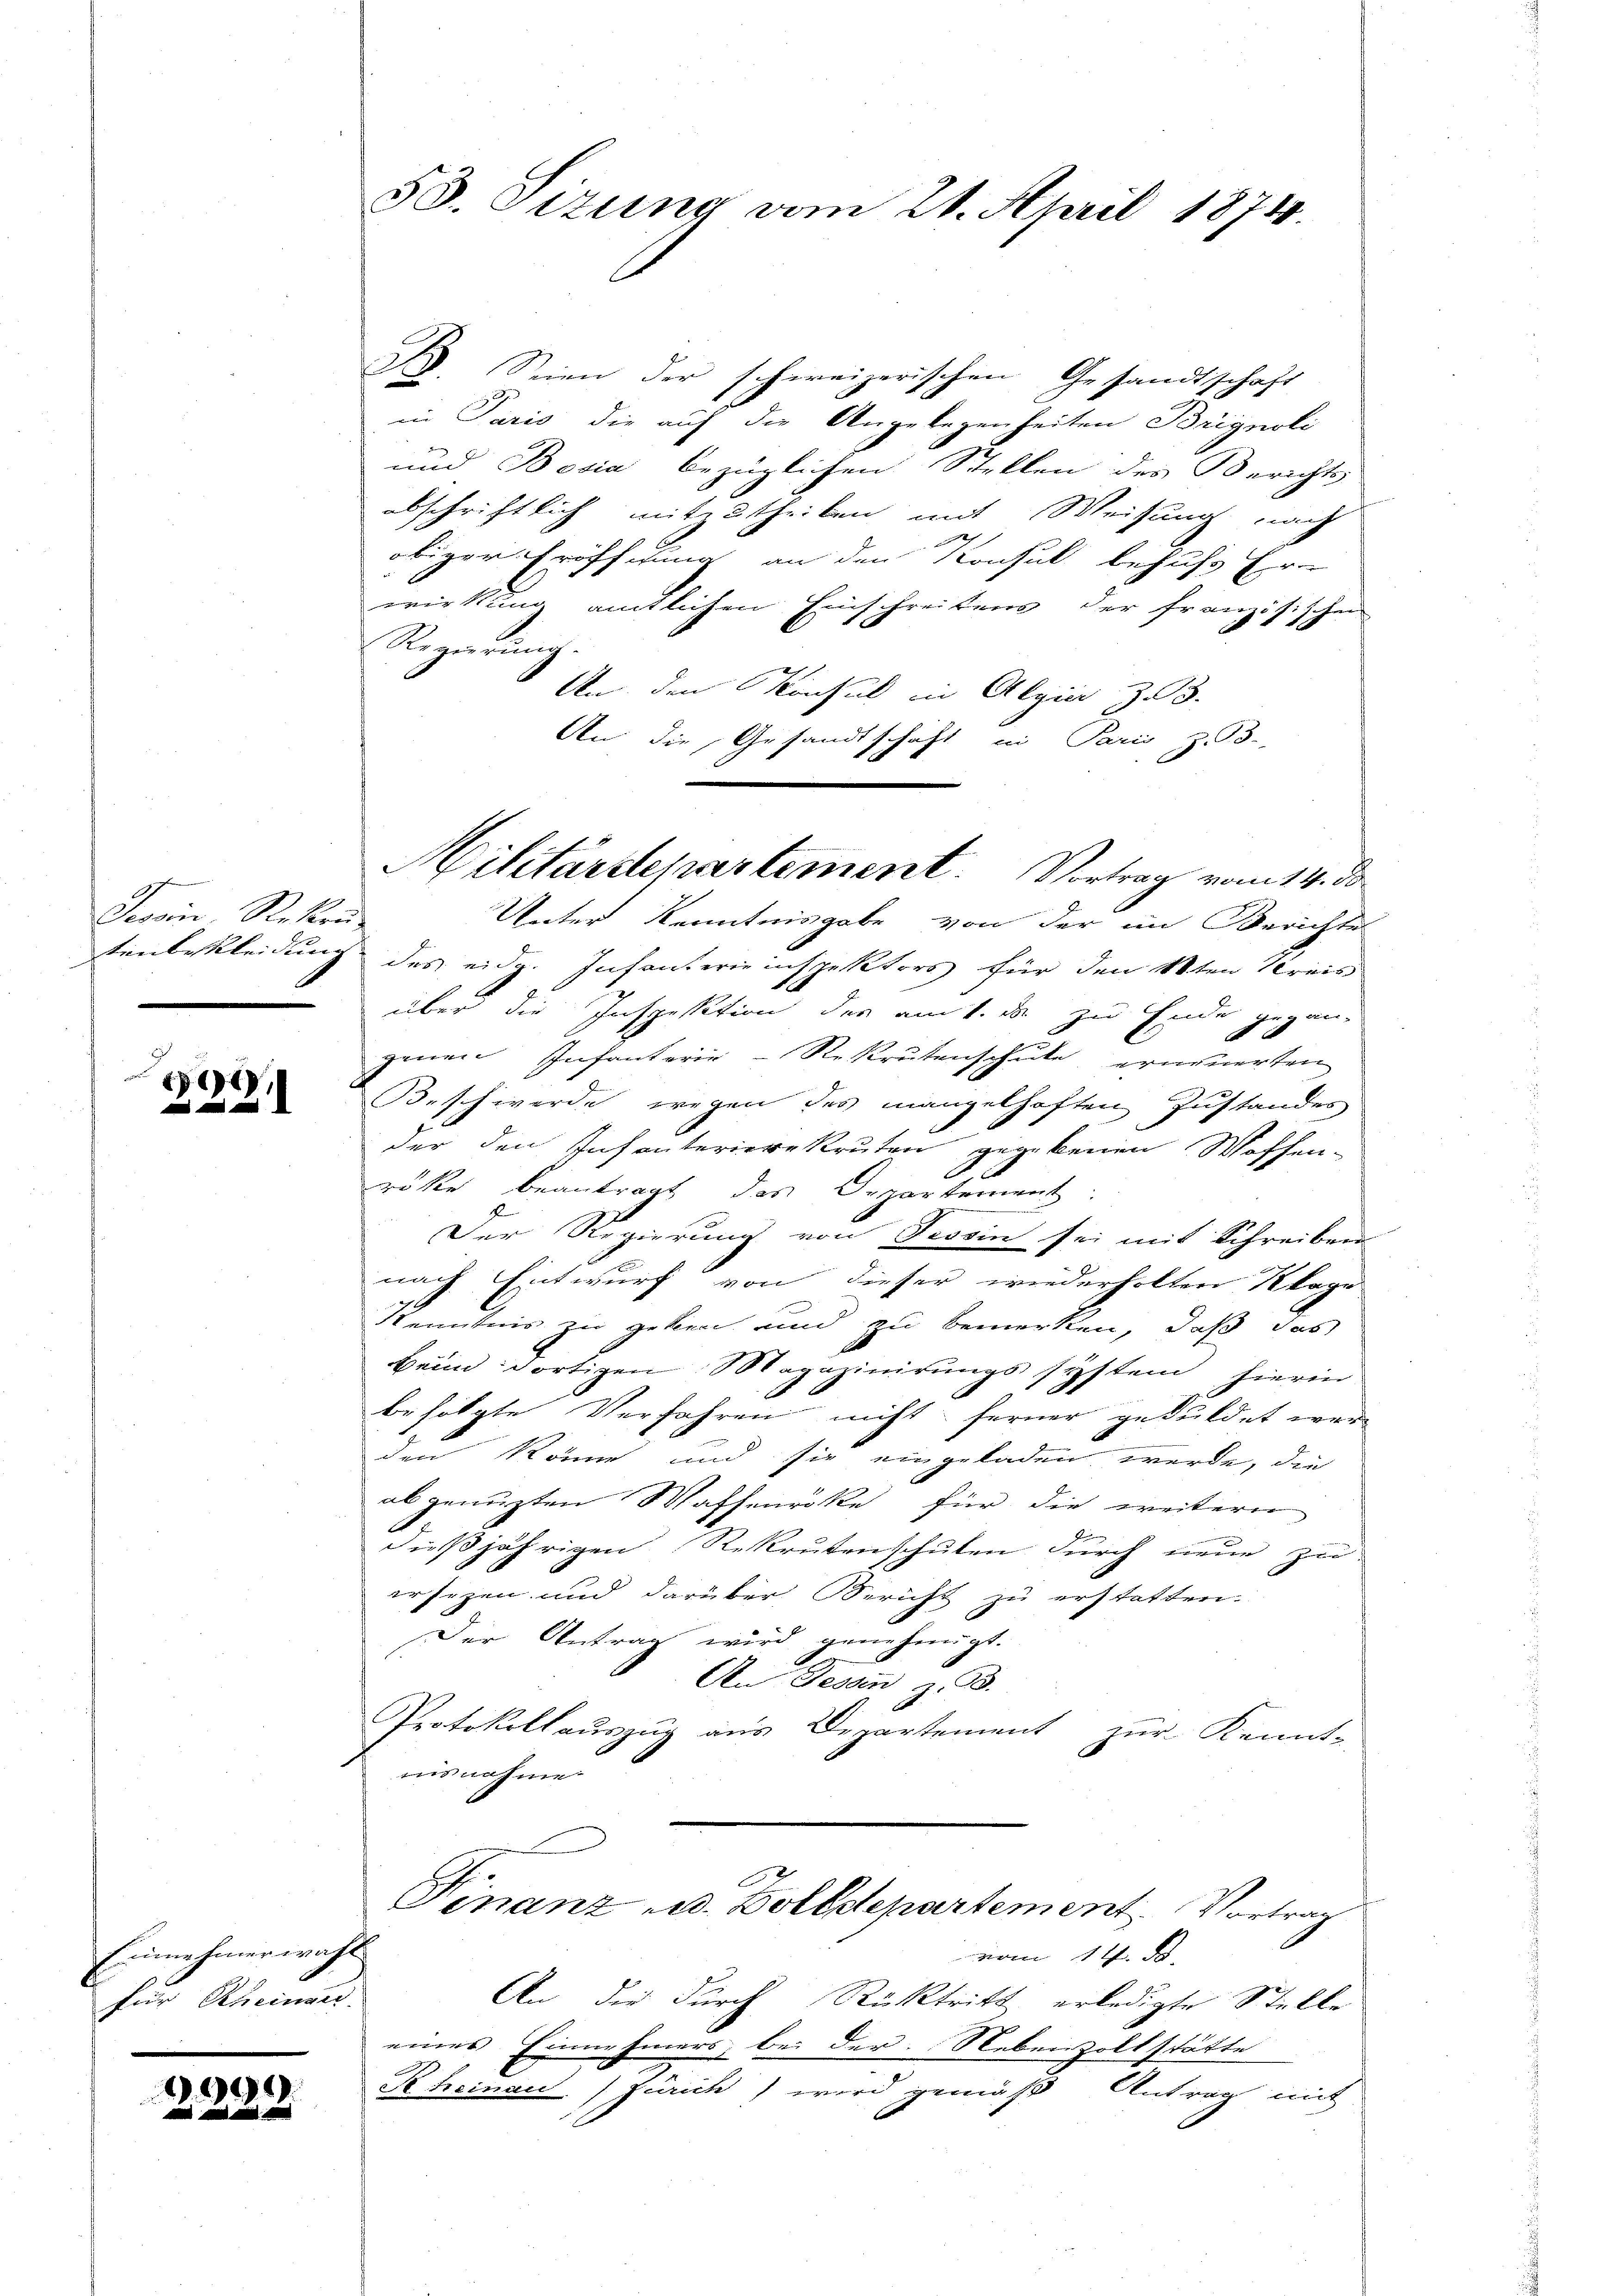
Gevan, Rekon

8
l

)
und an und

53. Sizung vom 21. April 1874.

Einnehmerwahl
für Scheinaus.

B. Seien der schweizerischen Gesandtschaft
in Paris die auf die Angelegenheiten Brignoli
und Bosia bezüglichen Stellen des Berichts
abschriftlich mitzutheilen mit Weisung nach
obiger Eröffnung an den Konsul behufs Er-
wirkung amtlichen Einschreibens der französischen
6
Regierung.
An den Konsul in Algie z. B.
An die Gesandtschaft in Paris Z. 93.
Unter Kenntnisgabe von der im Berichte
tenbekleidung des eidg. Infanterieinspektors für den 1ten Kreis
über die Inspektion des am 1. ds zu Ende gegan-
genen Infanterie-Rekrutenschule erneuerten
Beschwerde wegen des mangelhaften Zustandes
der den Infanterierekruten gegebenen Waffen-
röcke beantragt das Departement.
Der Regierung von Tessin sei mit Schreiben
nach Entwurf von dieser wiederholten Klage
Kenntnis zu geben und zu bemerken, daß das
beim dortigen Magazinirungssystem hierin
befolgte Verfahren nicht ferner geduldet wer
den könne und sie eingeladen werde, die
ab genuzten Waffenröke für die weitern
dießjährigen Rekrutenschulen durch neue zu-
ersezen und darüber Bericht zu erstatten.
Der Antrag wird genehmigt.
An Tessin z. B.
Protokollauszug aus Departement zur Kennt-
.
nisnahme.

Militärdepartement. Vortrag vom 14. ds.

Finanz u. Zolldepartement. Vortrag
An die durch Rücktritt erledigte Stelle
eines Einnehmers, bei der Nebenzollstätte

Rheinau) Zürich) wird gemäß Antrag mit

vom 14. d.